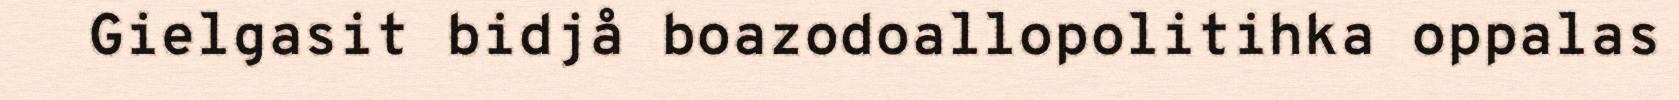
Gielgasit bidjå boazodoallopolitihka oppalas